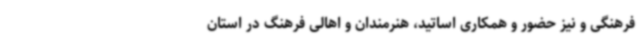
فرهنگی و نیز حضور و همکاری اساتید، هنرمندان و اهالی فرهنگ در استان